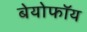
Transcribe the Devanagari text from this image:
बेयोफॉय